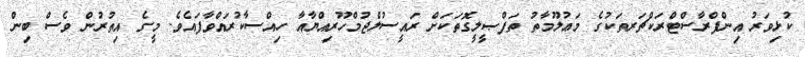
ކުޅިވަރު އިންފްރާސްޓްރަކްޗަރތަކުގެ މަޢުލޫމާތު ތަފްޞީލީގޮތަކަށް ރައީސުލްޖުމްހޫރިއްޔާއާ ހިއްސާކުރައްވާފައެެވެ. މީގެ އިތުރުން ވެސް ބިން